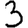
Digit: 3